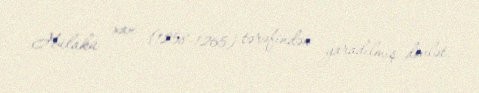
Hülakü xan (1258-1265) tərəfindən yaradılmış dövlət.